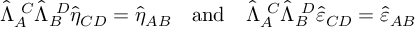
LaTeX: \hat { \Lambda } _ { A } ^ { \ C } \hat { \Lambda } _ { B } ^ { \ D } \hat { \eta } _ { C D } = \hat { \eta } _ { A B } \ \ \ \mathrm { a n d } \ \ \ \hat { \Lambda } _ { A } ^ { \ C } \hat { \Lambda } _ { B } ^ { \ D } \hat { \varepsilon } _ { C D } = \hat { \varepsilon } _ { A B }